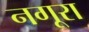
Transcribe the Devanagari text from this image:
नगूरा